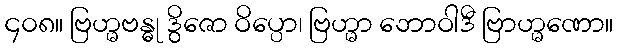
၄၀၈။ ဗြဟ္မဗန္ဓု ဒွိဇော ဝိပ္ပော၊ ဗြဟ္မာ ဘောဝါဒီ ဗြာဟ္မဏော။